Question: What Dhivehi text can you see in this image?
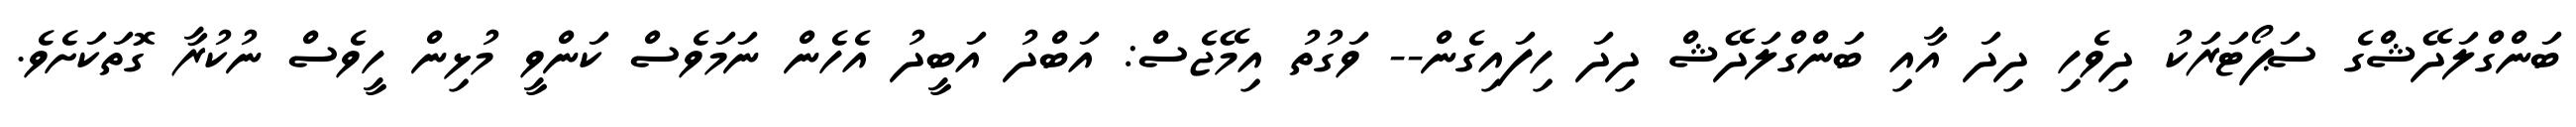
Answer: ބަންގްލަދޭޝްގެ ސަޕޯޓަރަކު ދިވެހި ދިދަ އާއި ބަންގްލަދޭޝް ދިދަ ހިފައިގެން-- ވަގުތު އިމޭޖެސް: އަބްދު އަބީދު އެހެން ނަމަވެސް ކަންވީ މުޅިން ހީވެސް ނުކުރާ ގޮތަކަށެވެ.